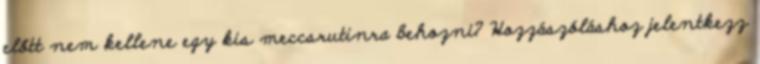
előtt nem kellene egy kis meccsrutinra behozni? Hozzászóláshoz jelentkezz